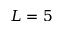
L = 5